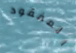
المفقود